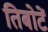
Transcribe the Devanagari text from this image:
तिबोटें